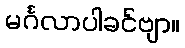
မင်္ဂလာပါခင်ဗျာ။